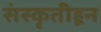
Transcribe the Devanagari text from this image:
संस्कृतीहून